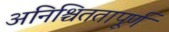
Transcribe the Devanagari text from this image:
अनिश्चिततापूर्ण